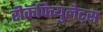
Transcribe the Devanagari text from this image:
रीकॅपिच्युलेट्स